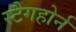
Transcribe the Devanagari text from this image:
स्टैगहोर्न